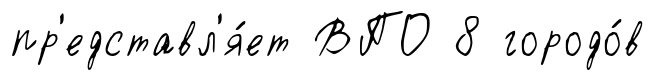
пр'едставл'я́ет ВПО 8 городо́в